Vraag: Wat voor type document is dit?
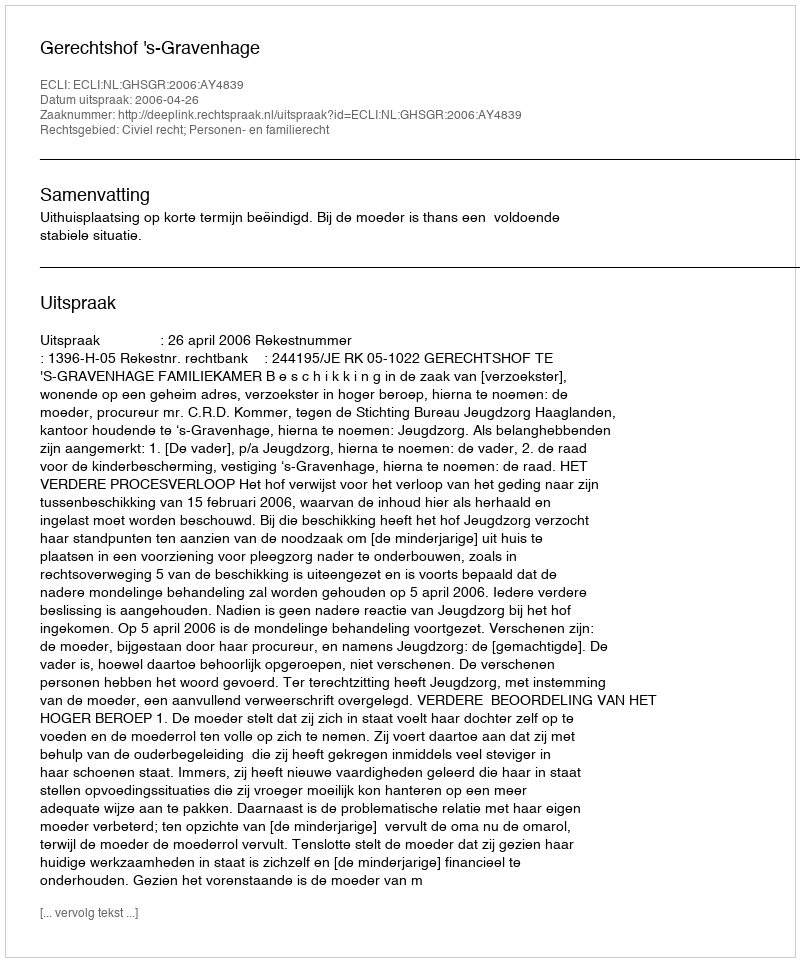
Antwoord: Uitspraak